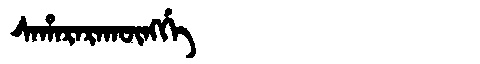
Manchu: ᠰᠠᡥᠠᡵᠠᡵᠠᡴᡡᠩᡤᡝ
Romanization: SAHARARAKŪNGGE